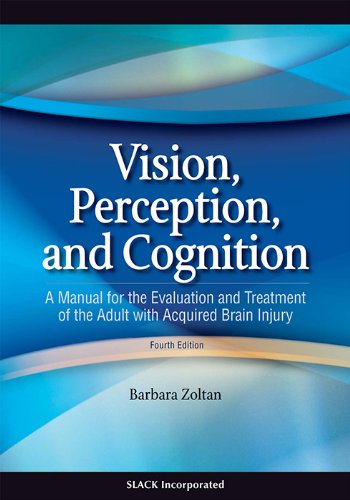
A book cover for Vision, Perception, and Cognition: A Manual for the Evaluation and Treatment of the Adult with Acquired Brain Injury; Barbara Zoltan MA  OTR/L; Medical Books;